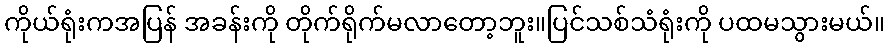
ကိုယ်ရုံးကအပြန် အခန်းကို တိုက်ရိုက်မလာတော့ဘူး။ပြင်သစ်သံရုံးကို ပထမသွားမယ်။